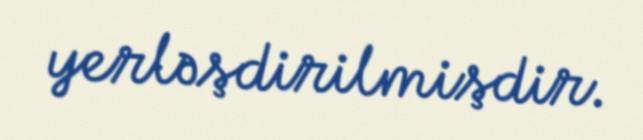
yerləşdirilmişdir.